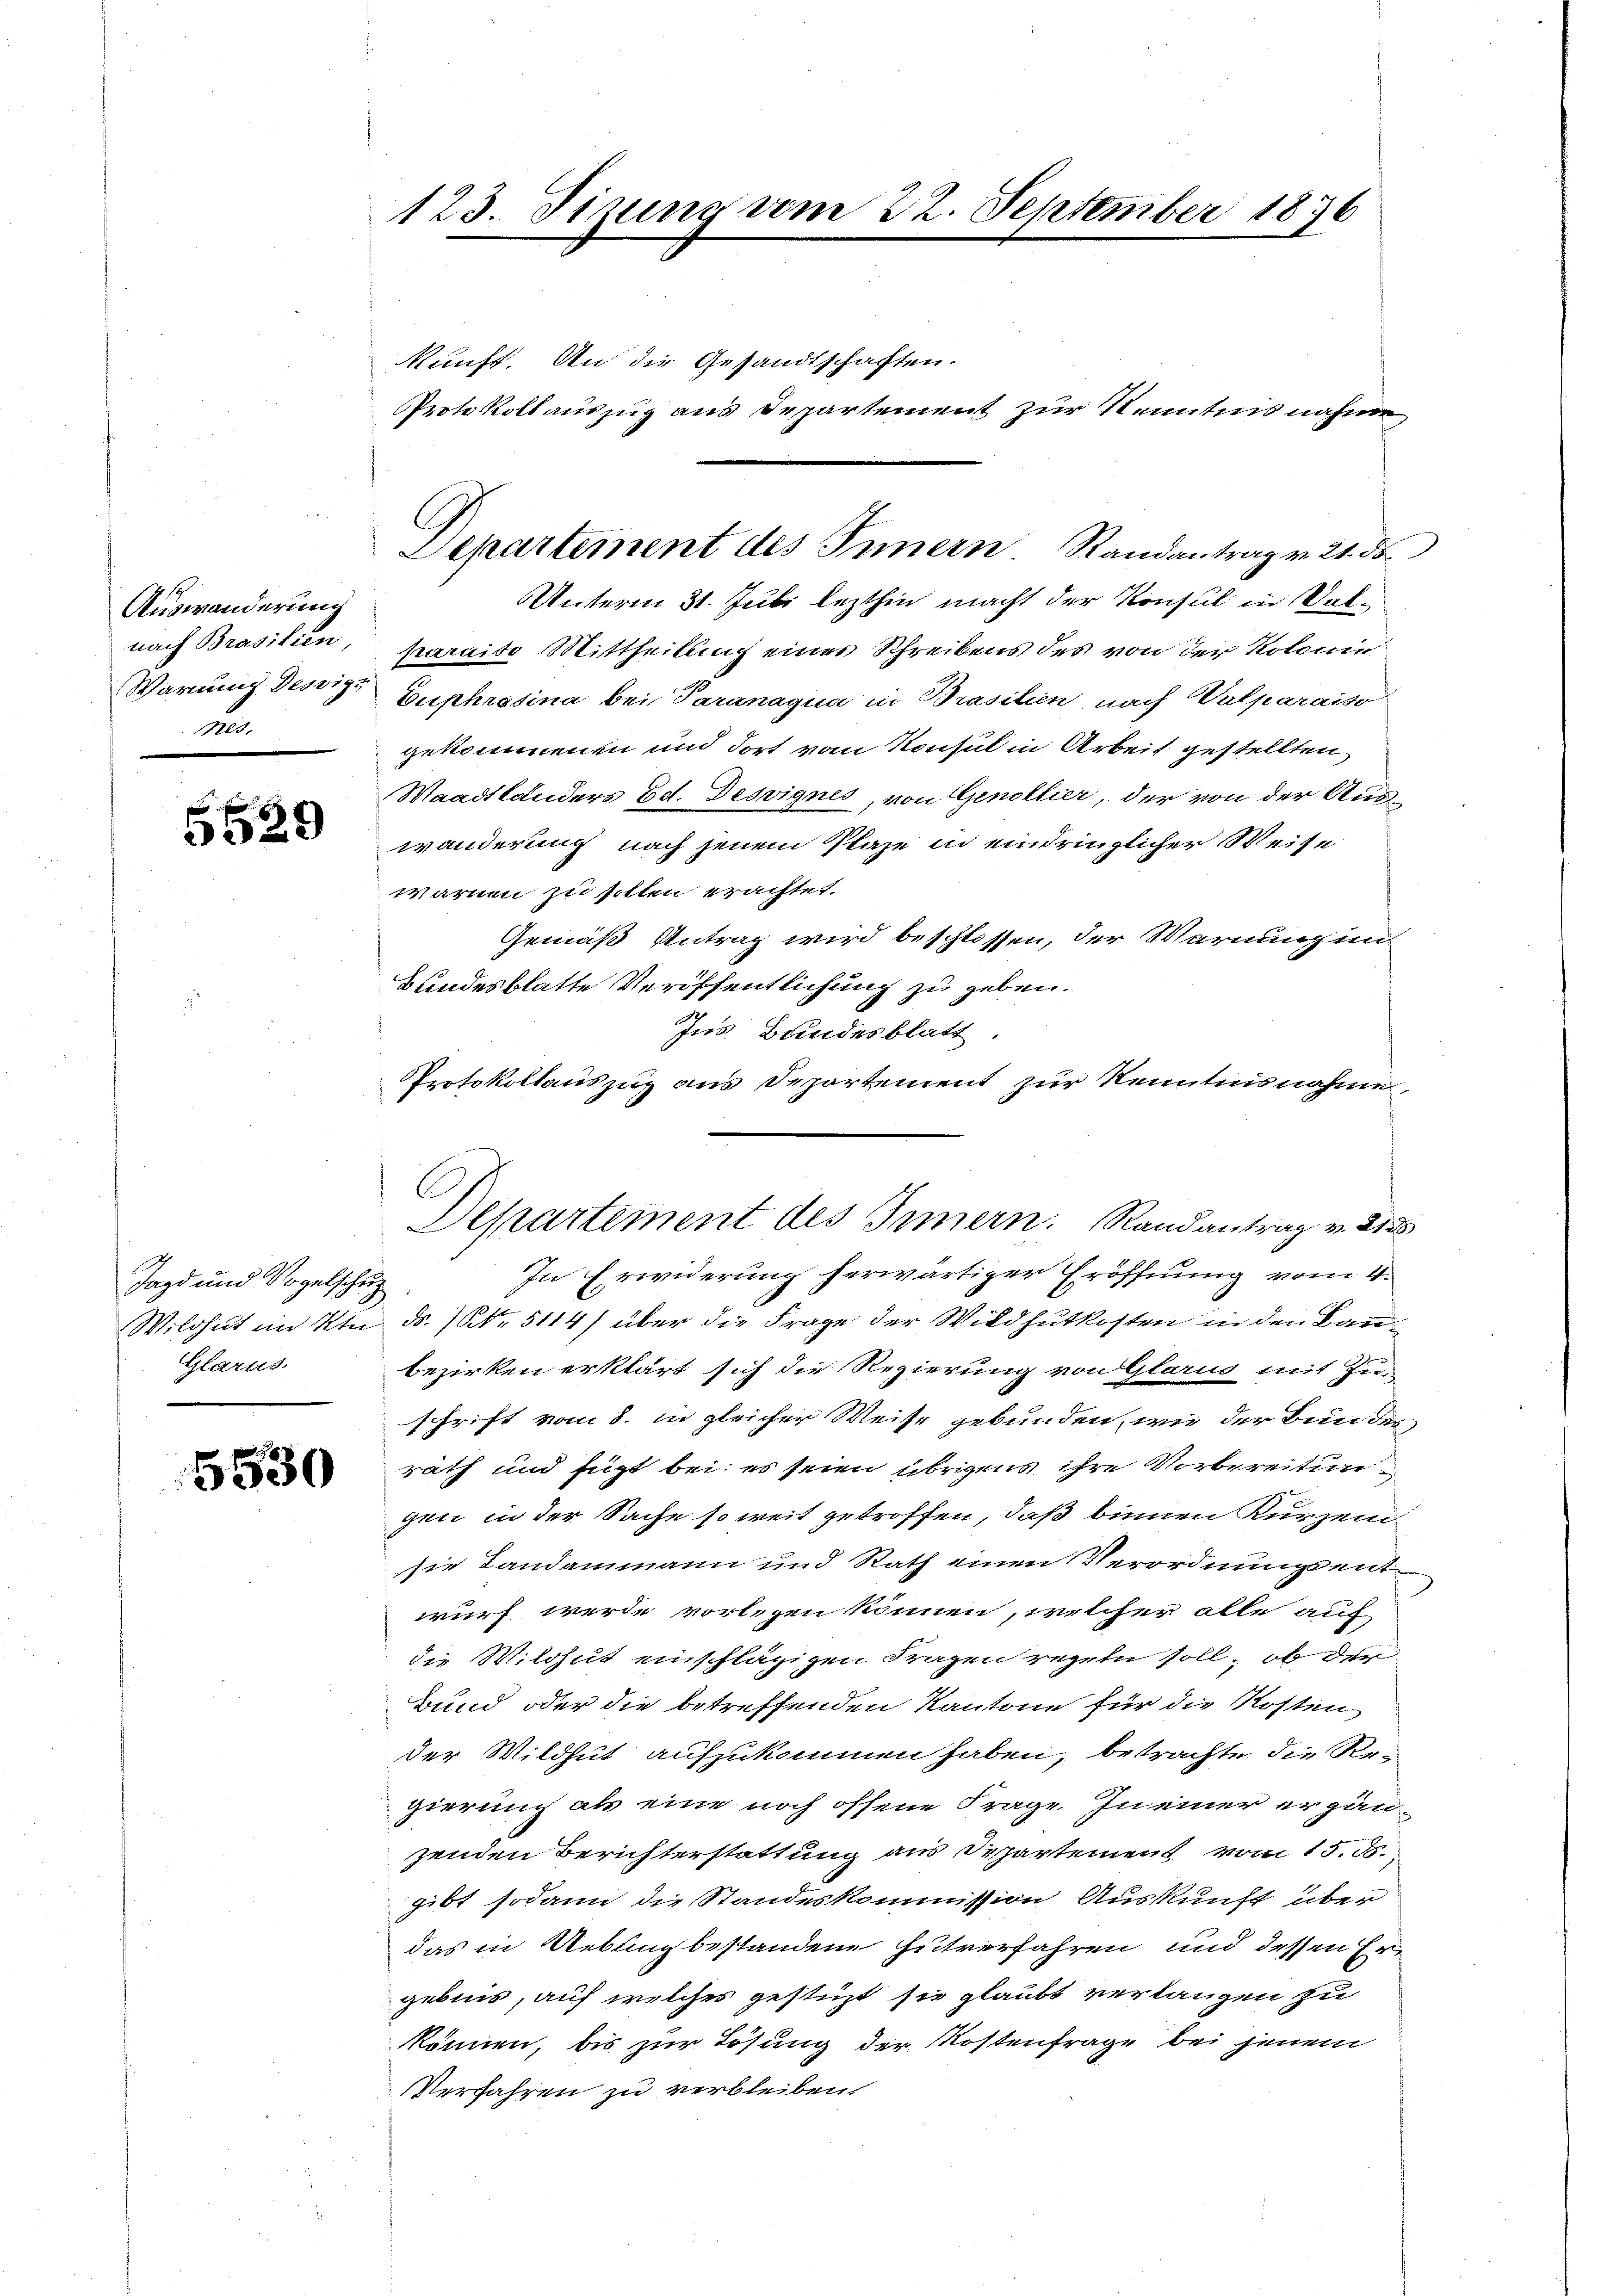
Auswanderung
nes,

329

Jagd und Vogelschu
Glarus.

5530

123. Sizung vom 22. September 1876

kunft. An die Gesandtschaften.
Protokollauszug aus Departement zur Kenntnis nahme,

Unterm 31. Juli lezthin macht der Konsul in Vatnach Brasilien, Karaiso Mittheilung eines Schreibens des von der Kolonie
Warung des Euphrosina bei Paranagua in Brasilien, nach Valparaiso
gekommenen und dort vom Konsul in Arbeit gestellten
Waadtlanders Ed. Desvignes, von Genollier, der von der Auswanderung nach jenem Plaze in eindringlicher Weise
warnen zu sollen erachtet.
Gemäß Antrag wird beschlossen, der Warnung im
Bundesblatte Veröffentlichung zu geben.
Ins Bundesblatt
In Erwiderung herwärtiger Eröffnung vom 4.
Wildhat im Ktn ds NNo. 5114) über die Frage der Wildhutkosten in den Bare
bezirken erklärt sich die Regierung von Glarus mit Zu-
schrift vom 8. in gleicher Weise gebunden, wie der Bundes
rath und fügt bei; es seien übrigens ihre Vorbereitungen in der Sache soweit getroffen, daß binnen Kurzen
sie Landammann und Rath einen Verordnungsent-
wurf werde vorlegen können, welcher alle auf
die Wildhut einschlägigen Fragen regeln soll, ob der
Bund oder die betreffenden Kantone für die Kosten
der Wildhut aufzukommen haben, betrachte die Regierung als eine noch offene Frage. In einer ergänzenden Berichterstattung aus Departement vom 15. d.
gibt sodann die Standeskommission Auskunft über
das in Uebung bestandene Hütverfahren und dessen Er-
gebnis, auf welches gestüzt sie glaubt verlangen zu
können, bis zur Lösung der Kostenfrage bei jenem
Verfahren zu verbleiben.

Departement des Innern. Randantrag v. 21. ds.

Protokollauszug aus Departement zur Kenntnisnahme,
Departement des Innern. Randantrag v. 215